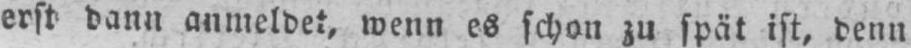
erst dann anmeldet, wenn es schon zu spät ist, denn